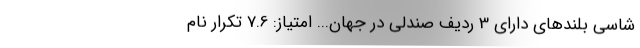
شاسی بلندهای دارای 3 ردیف صندلی در جهان... امتیاز: 7.6 تکرار نام